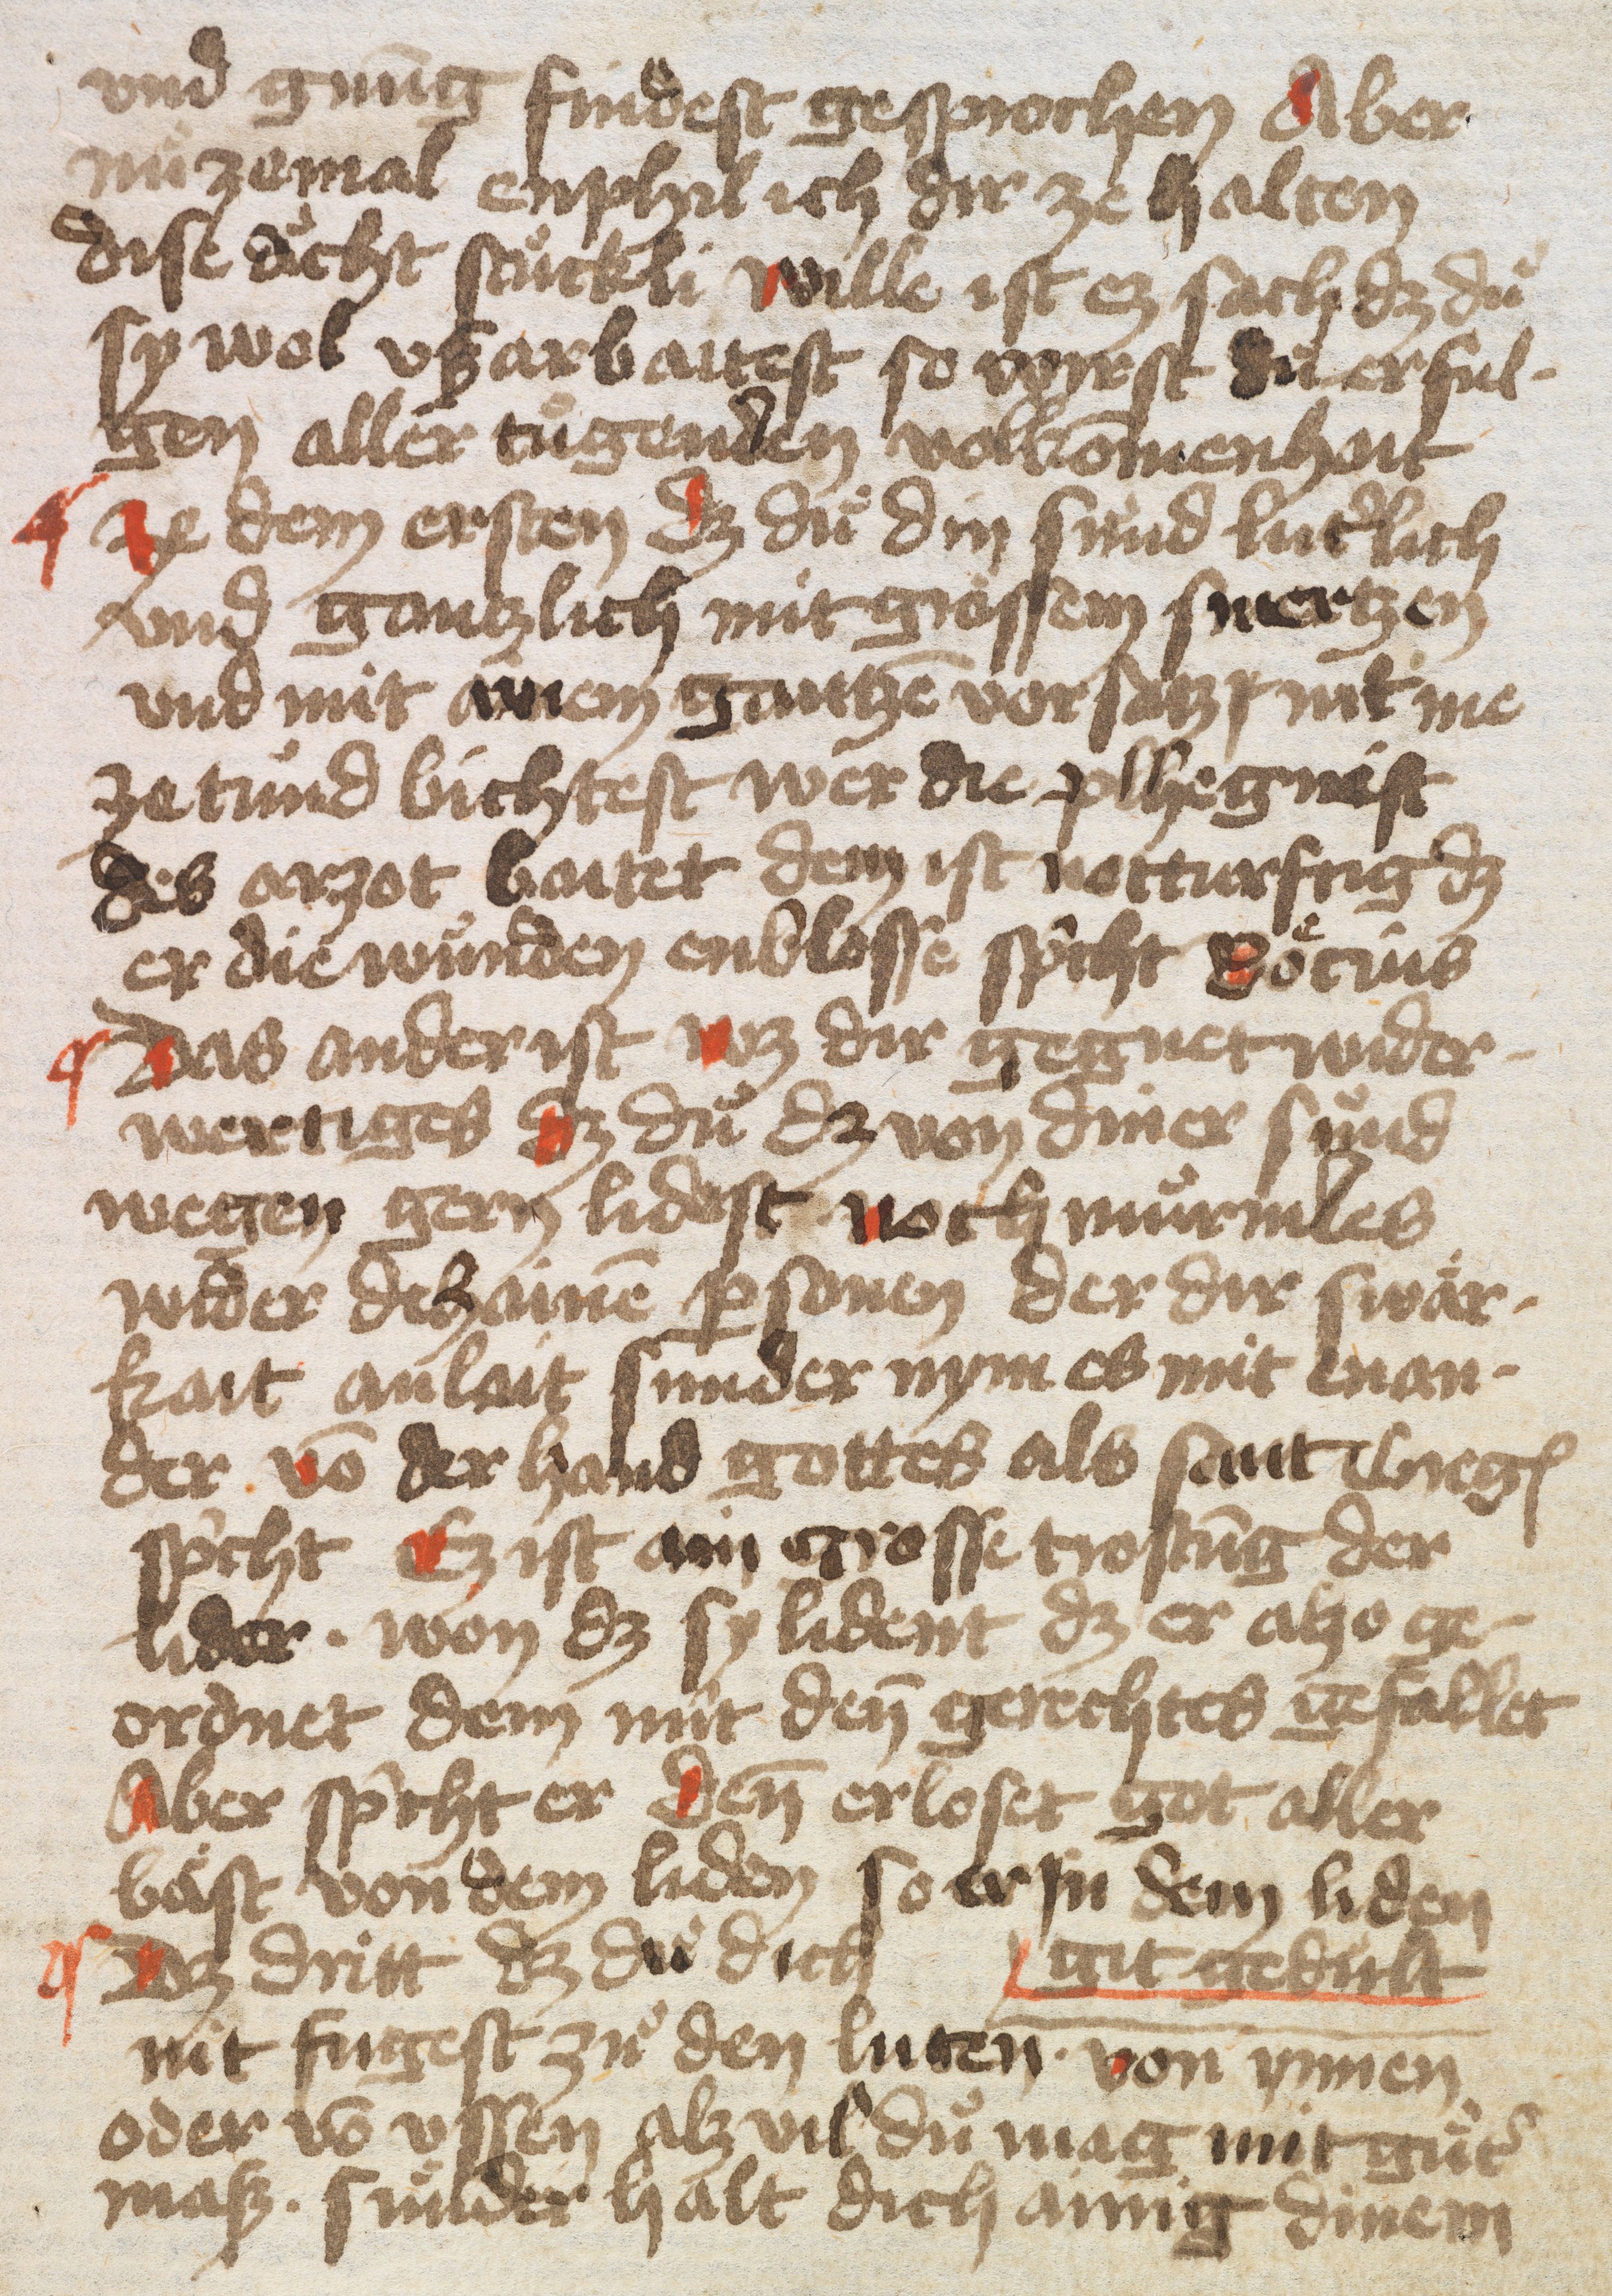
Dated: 1432–1436